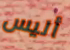
أليس